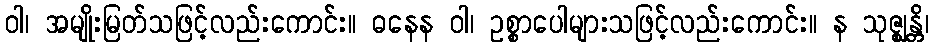
ဝါ၊ အမျိုးမြတ်သဖြင့်လည်းကောင်း။ ဓနေန ဝါ၊ ဥစ္စာပေါများသဖြင့်လည်းကောင်း။ န သုဇ္ဈန္တိ၊